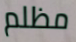
مظلم